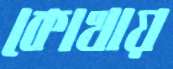
কোখায়